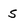
Character: s